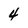
Character: 4